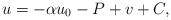
LaTeX: \begin{align*}u= -\alpha u_0-P+v+C,\end{align*}